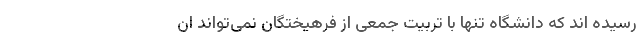
رسیده اند که دانشگاه تنها با تربیت جمعی از فرهیختگان نمی‌تواند ان